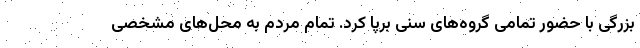
بزرگی با حضور تمامی گروه‌های سنی برپا کرد. تمام مردم به محل‌های مشخصی